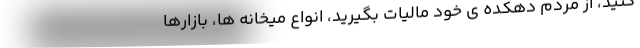
کنید، از مردم دهکده ی خود مالیات بگیرید، انواع میخانه ها، بازارها